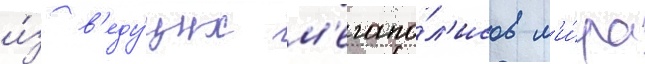
и́з в'еду́щих м'егапо́л'исов м'и́ра